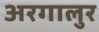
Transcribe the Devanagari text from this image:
अरगालुर